Vaccination in Bombay 1869-1873 - 1869-1873
Year: 1869
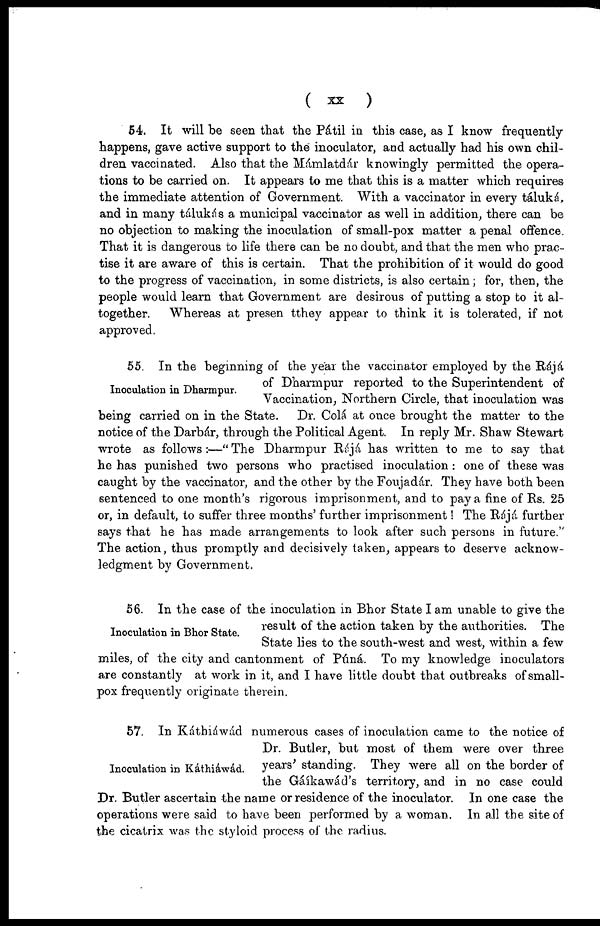
( xx
)
54. It will be seen that the Pátil in this case, as I know frequently
happens, gave active support to the inoculator, and actually had his own chil-
dren vaccinated. Also that the Mámlatdár knowingly permitted the opera-
tions to be carried on. It appears to me that this is a matter which requires
the immediate attention of Government. With a vaccinator in every táluká,
and in many tálukás a municipal vaccinator as well in addition, there can be
no objection to making the inoculation of small-pox matter a penal offence.
That it is dangerous to life there can be no doubt, and that the men who prac-
tise it are aware of this is certain. That the prohibition of it would do good
to the progress of vaccination, in some districts, is also certain; for, then, the
people would learn that Government are desirous of putting a stop to it al-
together.
Whereas at present they appear to think it is tolerated, if not
approved.
Inoculation in Dharmpur.
55. In the beginning of the year the vaccinator employed by the Rájá
of Dharmpur reported to the Superintendent of
Vaccination, Northern Circle, that inoculation was
being carried on in the State. Dr. Colá at once brought the matter to the
notice of the Darbár, through the Political Agent. In reply Mr. Shaw Stewart
wrote as follows:—"The Dharmpur Rájá has written to me to say that
he has punished two persons who practised inoculation : one of these was
caught by the vaccinator, and the other by the Foujadár. They have both been
sentenced to one month's rigorous imprisonment, and to pay a fine of Rs. 25
or, in default, to suffer three months' further imprisonment! The Rájá further
says that he has made arrangements to look after such persons in future."
The action, thus promptly and decisively taken, appears to deserve acknow-
ledgment by Government.
Inoculation in Bhor State.
56. In the case of the inoculation in Bhor State I am unable to give the
result of the action taken by the authorities. The
State lies to the south-west and west, within a few
miles, of the city and cantonment of Puna. To my knowledge inoculators
are constantly at work in it, and I have little doubt that outbreaks of small-
pox frequently originate therein.
Inoculation in Káthiáwád.
57. In Káthiáwád numerous cases of inoculation came to the notice of
Dr. Butler, but most of them were over three
years' standing. They were all on the border of
the Gáikawád's territory, and in no case could
Dr. Butler ascertain the name or residence of the inoculator. In one case the
operations were said to have been performed by a woman. In all the site of
the cicatrix was the styloid process of the radius.